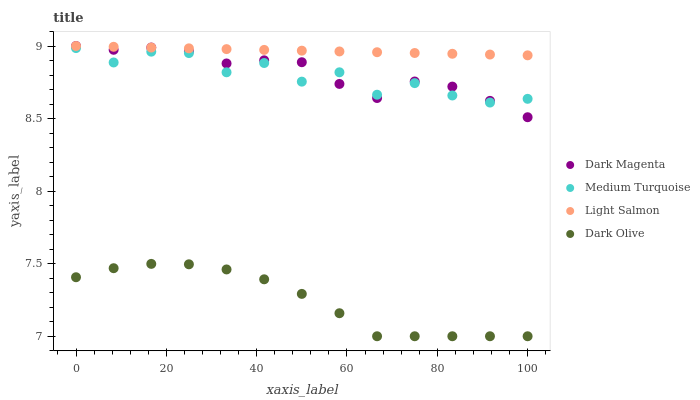
| xaxis_label | Dark Magenta | Medium Turquoise | Light Salmon | Dark Olive |
 | --- | --- | --- | --- | --- |
 | 0 | 9 | 8.99 | 9 | 7.41 |
 | 8.33 | 8.97 | 8.89 | 8.99 | 7.47 |
 | 16.7 | 8.99 | 8.96 | 8.99 | 7.5 |
 | 25 | 8.96 | 8.95 | 8.98 | 7.5 |
 | 33.3 | 8.88 | 8.82 | 8.98 | 7.46 |
 | 41.7 | 8.9 | 8.88 | 8.97 | 7.39 |
 | 50 | 8.89 | 8.75 | 8.97 | 7.29 |
 | 58.3 | 8.74 | 8.82 | 8.96 | 7.16 |
 | 66.7 | 8.64 | 8.66 | 8.96 | 7 |
 | 75 | 8.76 | 8.74 | 8.95 | 7 |
 | 83.3 | 8.72 | 8.66 | 8.95 | 7 |
 | 91.7 | 8.62 | 8.61 | 8.94 | 7 |
 | 100 | 8.51 | 8.64 | 8.94 | 7 |